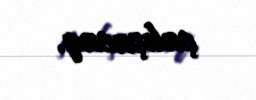
çalışacaq.